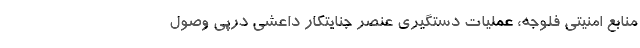
منابع امنیتی فلوجه، عملیات دستگیری عنصر جنایتکار داعشی درپی وصول